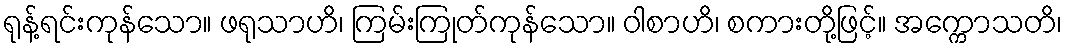
ရုန့်ရင်းကုန်သော။ ဖရုသာဟိ၊ ကြမ်းကြုတ်ကုန်သော။ ဝါစာဟိ၊ စကားတို့ဖြင့်။ အက္ကောသတိ၊